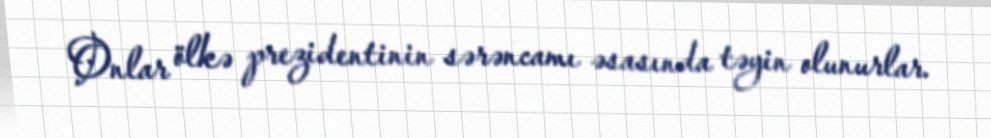
Onlar ölkə prezidentinin sərəncamı əsasında təyin olunurlar.